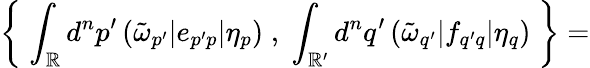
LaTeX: \left\{ \; \int_{\cal\mathbb{R}}d^{n}p^{\prime}\, (\tilde{{\omega}}_{p^{\prime}}|e_{p^{\prime}p}|\eta_{p})\; ,\; \int_{\cal\mathbb{R}^{\prime}}d^{n}q^{\prime}\, (\tilde{{\omega}}_{q^{\prime}}|f_{q^{\prime}q}|\eta_{q})\; \right\} =